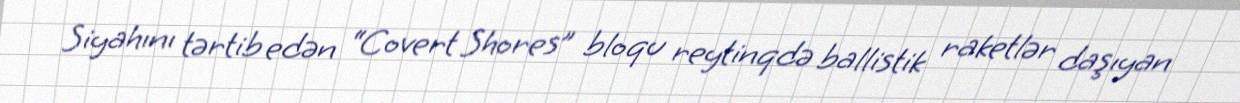
Siyahını tərtib edən “Covert Shores” bloqu reytinqdə ballistik raketlər daşıyan